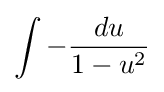
\int -{\frac {du}{1-u^{2}}}